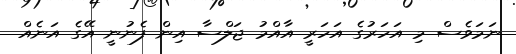
ނަމަވެސް މި އަހަރުގެ އަހަރީ އާއްމު ޖަލްސާ އިން ފެނުނީ އޭގެ އަނެއް